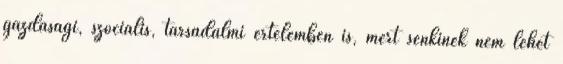
gazdasági, szociális, társadalmi értelemben is, mert senkinek nem lehet